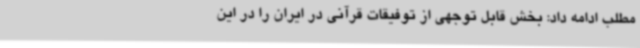
مطلب ادامه داد: بخش قابل توجهی از توفیقات قرآنی در ایران را در این